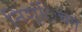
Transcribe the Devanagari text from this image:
निश्ंिचत